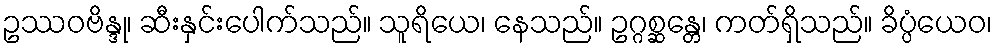
ဥဿဝဗိန္ဒု၊ ဆီးနှင်းပေါက်သည်။ သူရိယေ၊ နေသည်။ ဥဂ္ဂစ္ဆန္တေ၊ ကတ်ရှိသည်။ ခိပ္ပံယေဝ၊